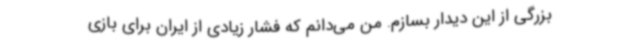
بزرگی از این دیدار بسازم. من می‌دانم که فشار زیادی از ایران برای بازی